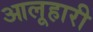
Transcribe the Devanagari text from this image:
आलूहारी